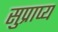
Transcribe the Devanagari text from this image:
सुप्राप्य